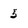
Character: 5